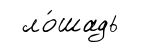
ло́шадь